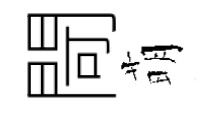
閜萌